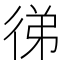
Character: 㣢